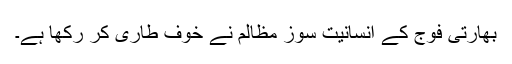
بھارتی فوج کے انسانیت سوز مظالم نے خوف طاری کر رکھا ہے۔